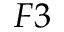
F 3